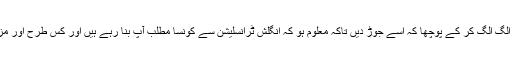
پھر جب اسی انگلش ٹرنسلیشن سے ان کے ترجمے الگ الگ کر کے پوچھا کہ اسے جوڑ دیں تاکہ معلوم ہو کہ انگلش ٹرانسلیشن سے کونسا مطلب آپ بنا رہے ہیں اور کس طرح اور مزید اس میں "لازم" کسی کا بھی ترجمہ نہیں بن رہا۔